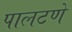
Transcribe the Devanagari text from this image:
पालटणे